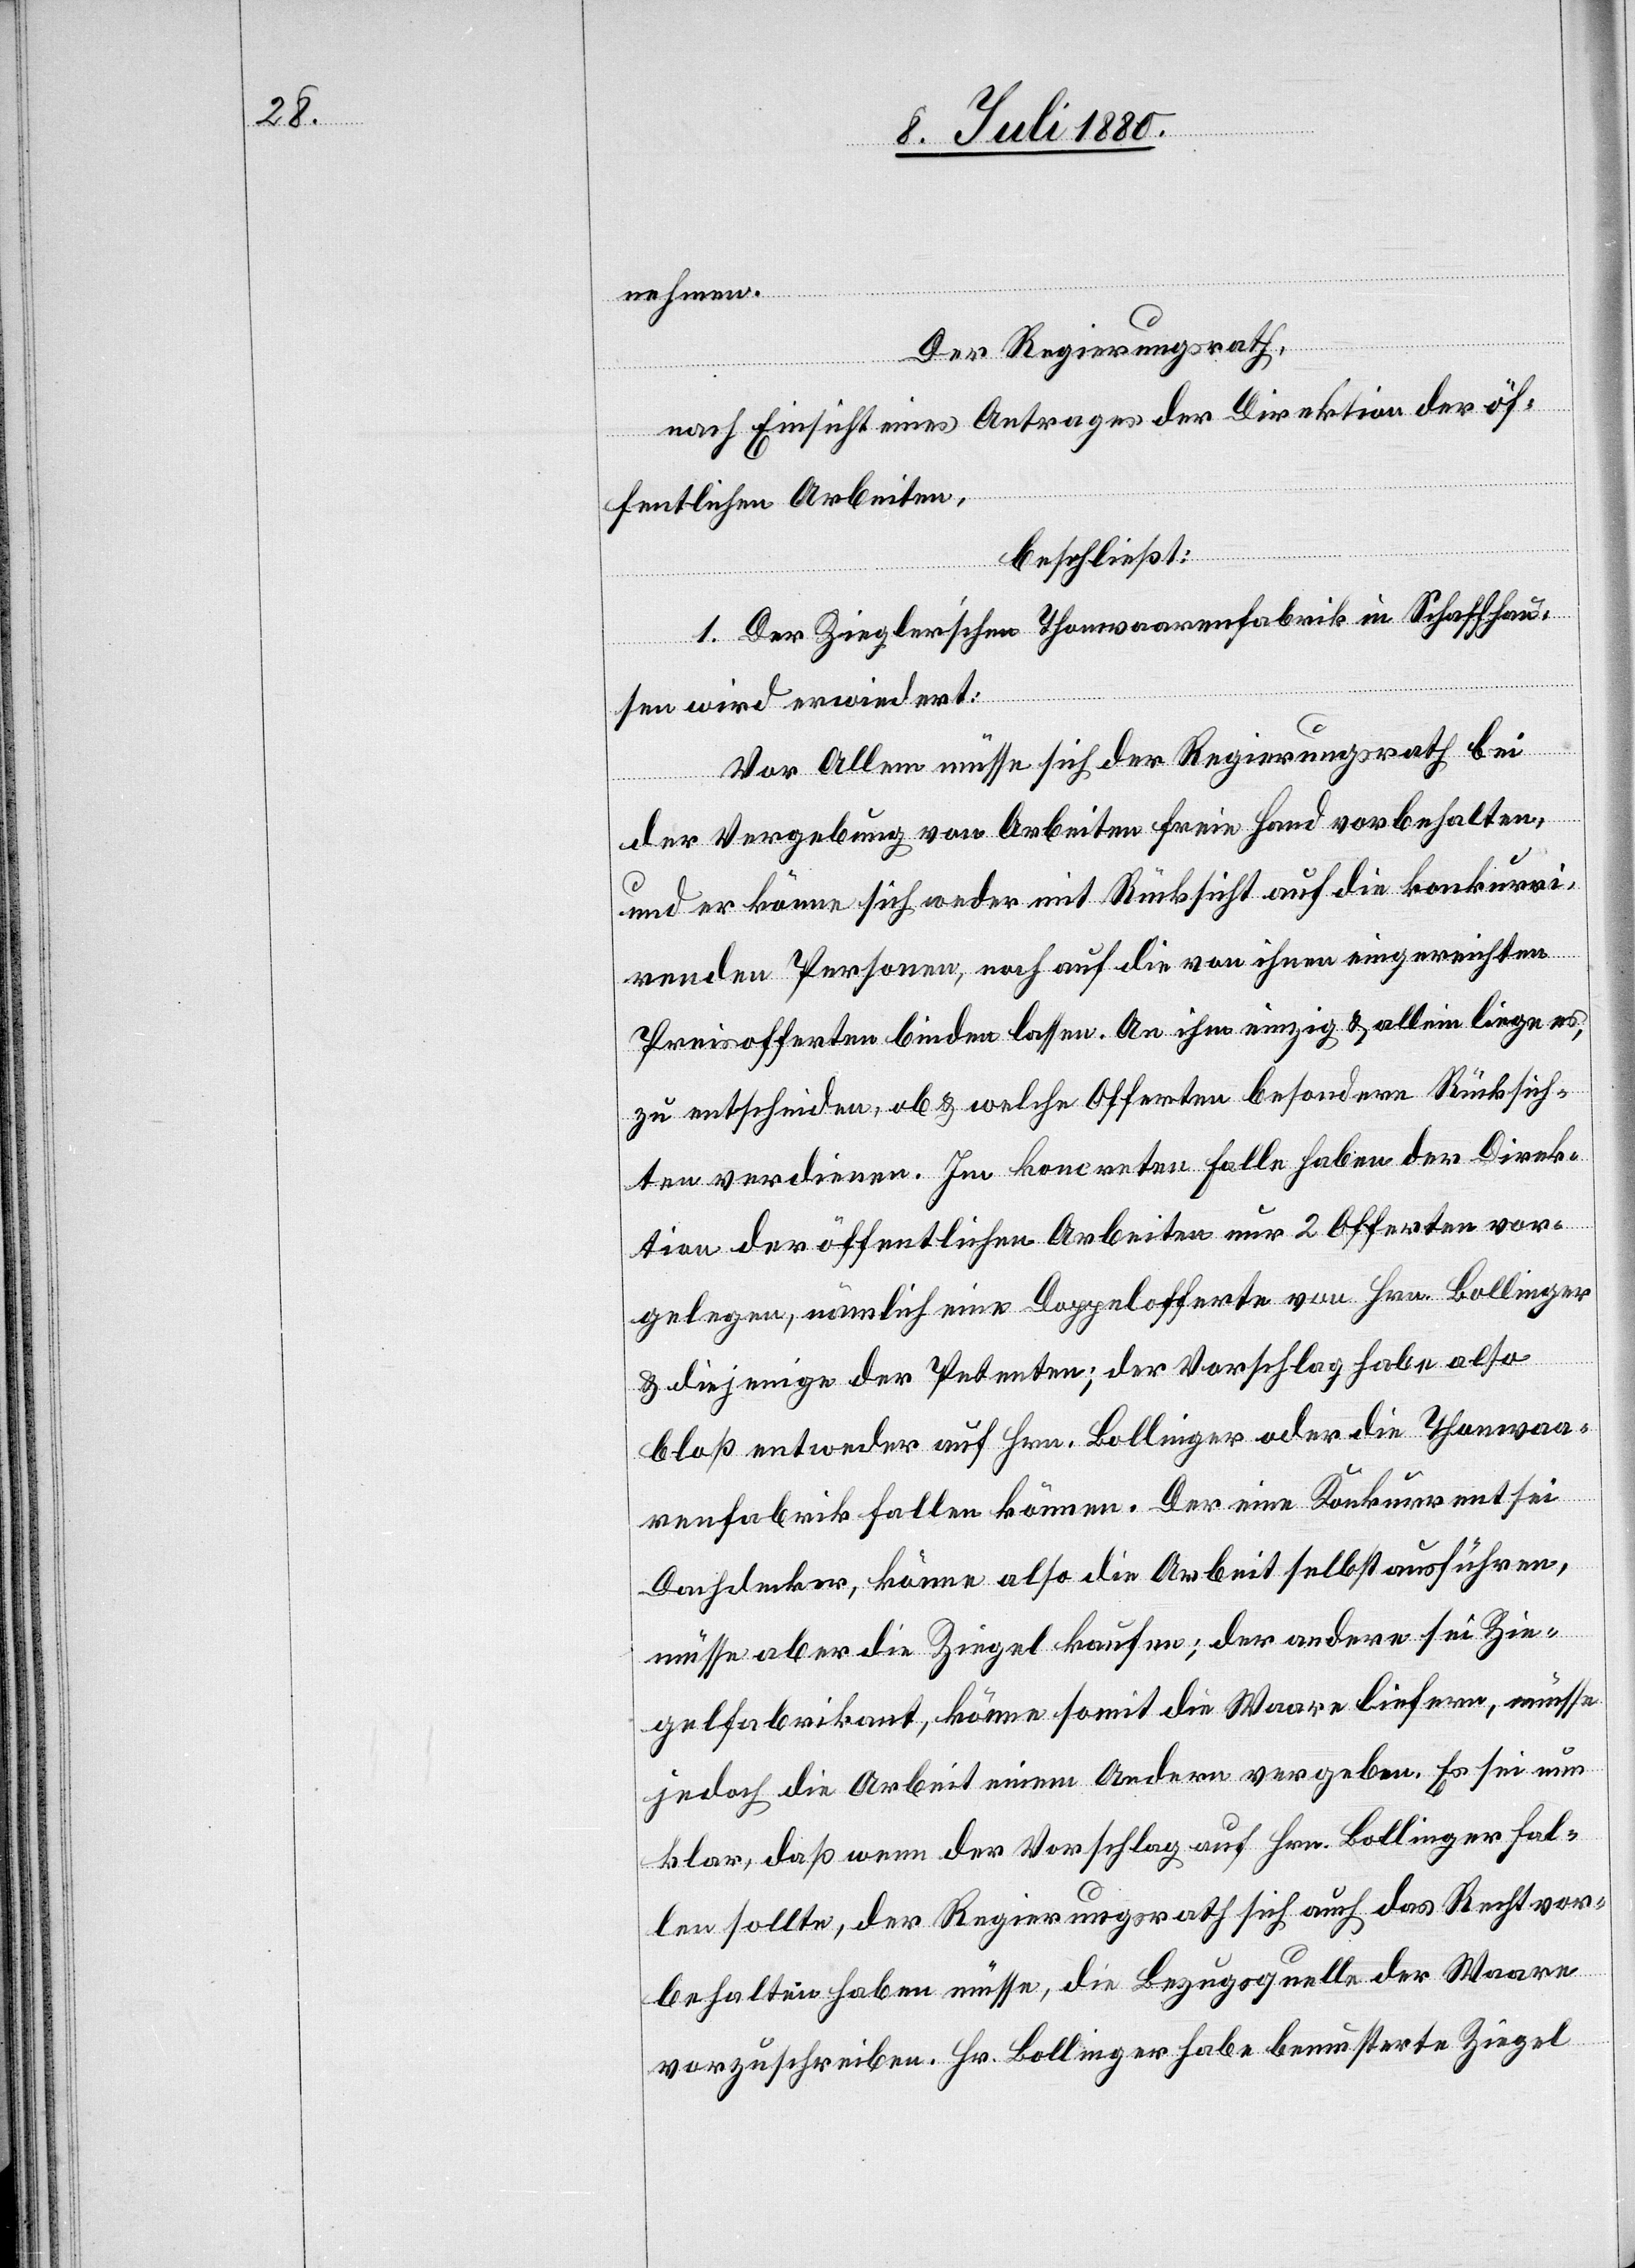
nehmen.
Der Regierungsrath,
nach Einsicht eines Antrages der Direktion der öf¬
fentlichen Arbeiten,
beschließt:
1. Der Ziegler‘schen Thonwaarenfabrik in Schaffhau¬
sen wird erwiedert:
Vor Allem müsse sich der Regierungsrath bei
der Vergebung von Arbeiten freie Hand vorbehalten,
und er könne sich weder mit Rücksicht auf die konkurri¬
renden Personen, noch auf die von ihnen eingereichten
Preisofferten binden lassen. An ihm einzig & allein liege es,
zu entscheiden, ob & welche Offerten besondere Rücksich¬
ten verdienen. Im koncreten Falle haben der Direk¬
tion der öffentlichen Arbeiten nur 2 Offerten vor¬
gelegen, nämlich eine Doppelofferte von Hrn. Bollinger
& diejenige der Petenten; der Vorschlag habe also
bloß entweder auf Hrn. Bollinger oder die Thonwaa¬
renfabrik fallen können. Der eine Konkurrent sie
Dachdecker, könne also die Arbeit selbst ausführen,
müsse aber die Ziegel kaufen; der andere sei Zie¬
gelfabrikant, könne somit die Waare liefern, müsse
jedoch die Arbeit einem Andern vergeben. Es sei nun
klar, daß wenn der Vorschlag auf Hrn. Bollinger fal¬
len sollte, der Regierungsrath sich auch das Recht vor¬
behalten haben müsse, die Bezugsquelle der Waare
vorzuschreiben. Hr. Bollinger habe bemusterte Ziegel